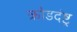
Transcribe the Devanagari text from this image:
क्रोडदंष्ट्र